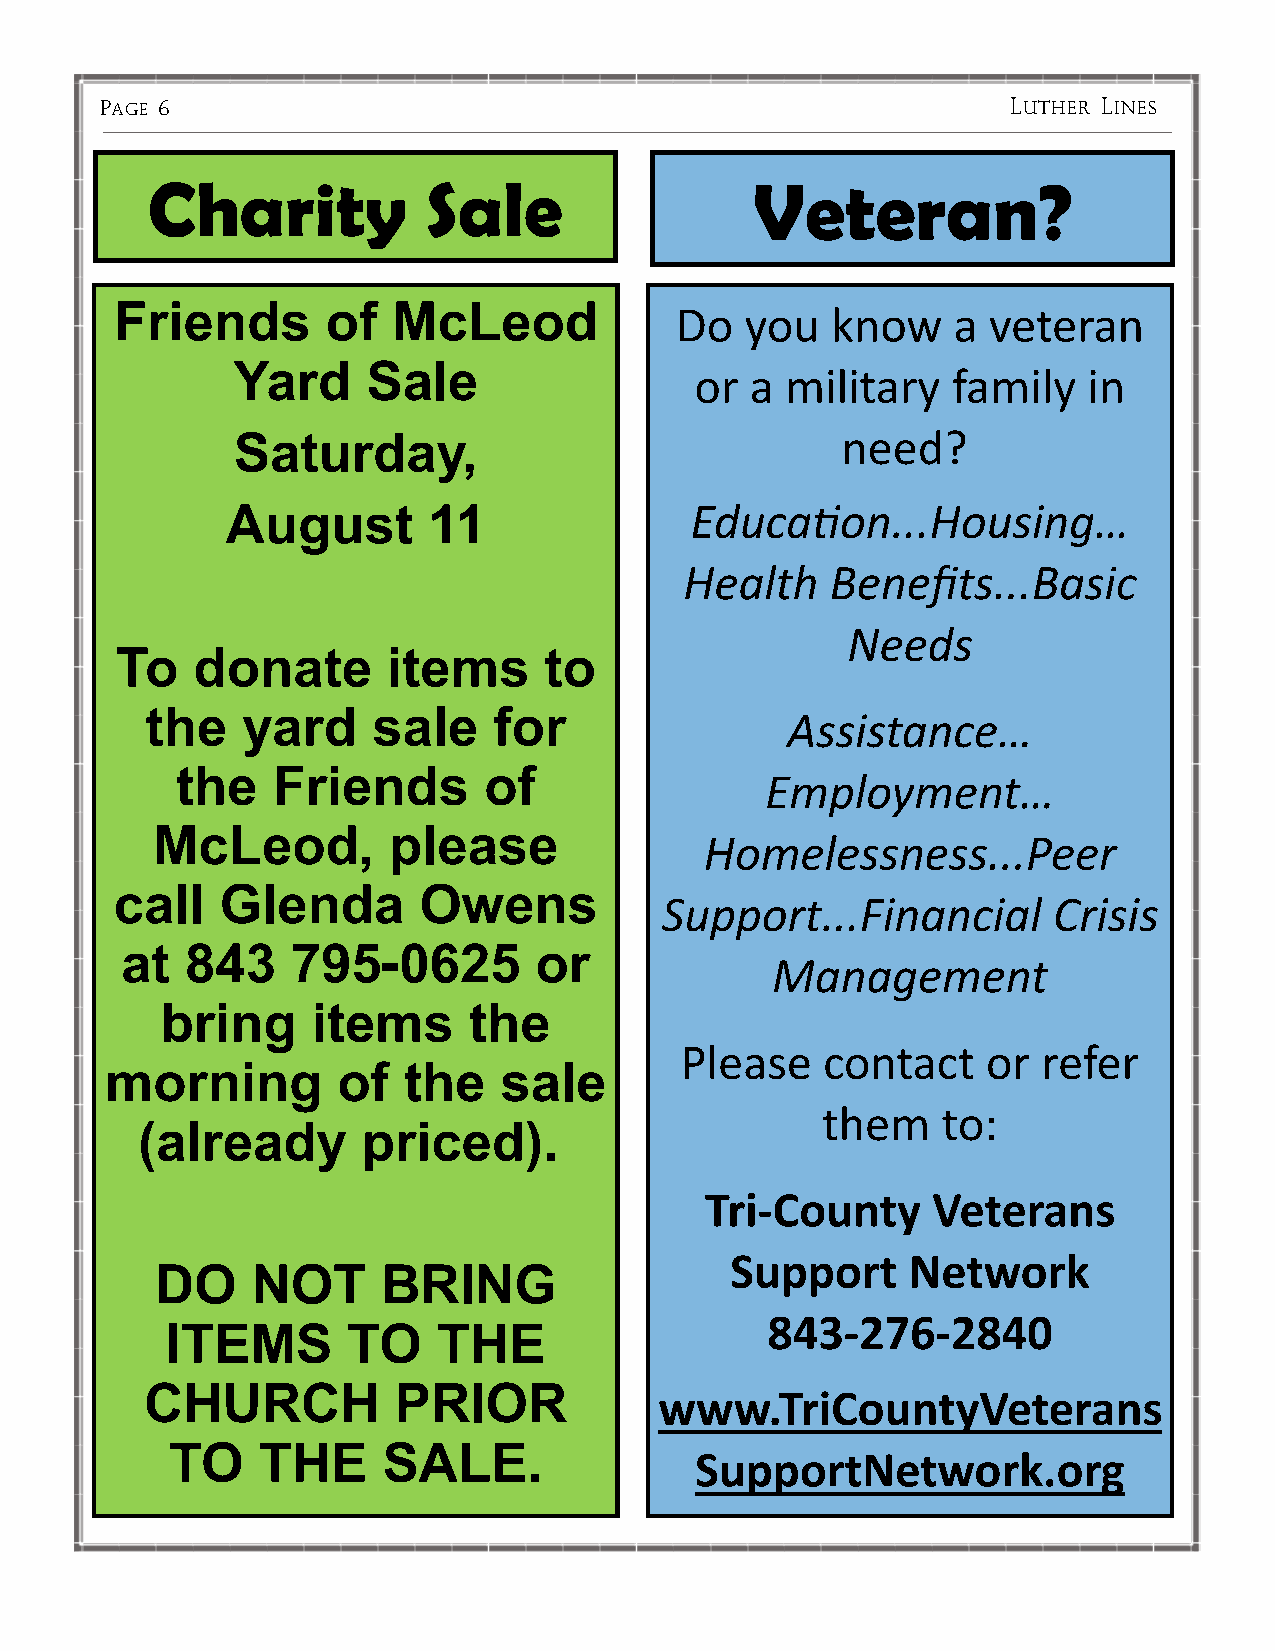
PAGE 6                                                      LUTHER LINES
 Charity           Sale                  Veteran?
 Friends       of  McLeod
 Do  you   know    a veteran
 Yard     Sale
 or  a military   family   in
 Saturday,                                need?
 August       11                Education...Housing…
 Health    Benefits...Basic
 Needs
 To   donate       items     to
 the   yard     sale    for
 Assistance…
 the   Friends       of
 Employment…
 McLeod,         please
 Homelessness...Peer
 call   Glenda       Owens
 Support...Financial       Crisis
 at  843    795-0625        or
 Management
 bring     items     the
 Please   contact    or  refer
 morning        of   the   sale
 them    to:
 (already       priced).
 Tri-County     Veterans
 Support     Network
 DO     NOT     BRING
 843-276-2840
 ITEMS       TO    THE
 CHURCH          PRIOR
 www.TriCountyVeterans
 TO    THE     SALE.
 SupportNetwork.org